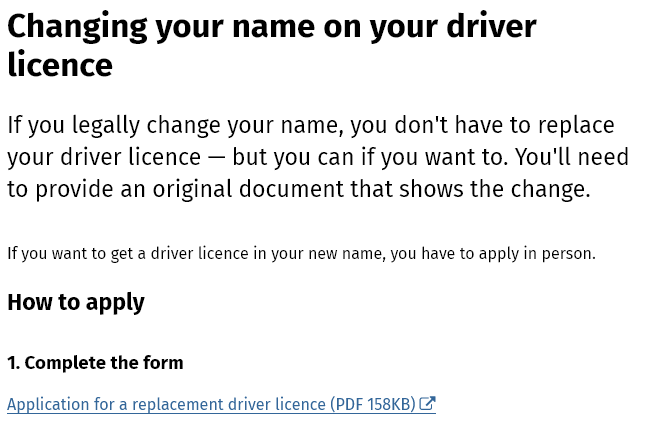
Changing    your    name    on   your    driver
  licence
  If you legally change   your  name,  you  don't  have  to replace
  your driver  licence
     —
     but  you  can  if you want to.  You'll need
  to provide  an  original document   that   shows   the change.
  If you want to get a driver licence in your new name, you have to apply in person.
  How  to apply
  Application for a replacement driver licence (PDF 158KB)
  1. Complete the form